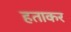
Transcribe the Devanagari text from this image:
हताकर